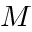
M